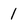
Character: 1